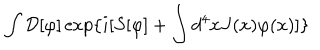
\int { \cal D } [ \varphi ] \exp \{ i [ S [ \varphi ] + \int d ^ { 4 } x J ( x ) \varphi ( x ) ] \}